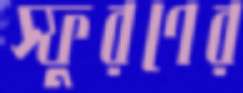
স্ফুরণের